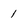
Character: 1